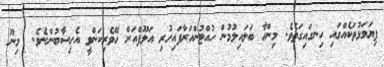
ފިޔަވަޅުތަކެއްގައި ހިނގައިގަތެވެ. މިންހާ ބަލައިލުމުން ހުއްޓުންއަރާފައިހުރި އަލޫފްއަށް ހޭވެރިކަންވީ އެހިސާބުންނެވެ.  މިނޫ